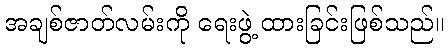
အချစ်ဇာတ်လမ်းကို ရေးဖွဲ့ ထားခြင်းဖြစ်သည်။